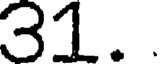
31.